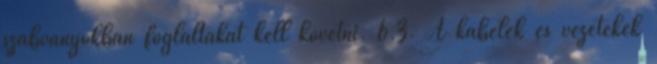
szabványokban foglaltakat kell követni. 6.3. A kábelek és vezetékek